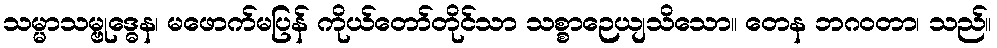
သမ္မာသမ္ဗုဒ္ဓေန၊ မဖောက်မပြန် ကိုယ်တော်တိုင်သာ သစ္စာဉေယျသိသော။ တေန ဘဂဝတာ၊ သည်။